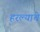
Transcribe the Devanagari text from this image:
हरल्याचे